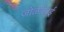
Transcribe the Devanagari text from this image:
जोळेपेट्टई